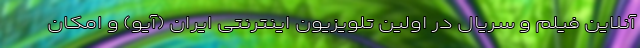
آنلاین فیلم و سریال در اولین تلویزیون اینترنتی ایران (آیو) و امکان